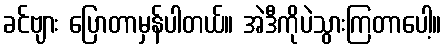
ခင်ဗျား ပြောတာမှန်ပါတယ်။ အဲဒီကိုပဲသွားကြတာပေါ့။